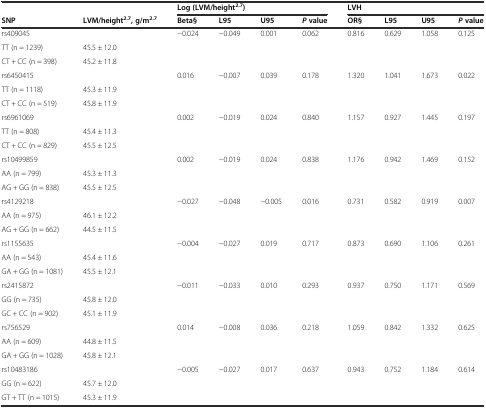
<table><thead><tr><td></td><td></td><td colspan="4"><b>Log (LVM/height<sup>2.7</sup>)</b></td><td colspan="4"><b>LVH</b></td></tr><tr><td><b>SNP</b></td><td><b>LVM/height<sup>2.7</sup>, g/m<sup>2.7</sup></b></td><td><b>Beta§</b></td><td><b>L95</b></td><td><b>U95</b></td><td><b><i>P</i>value</b></td><td><b>OR§</b></td><td><b>L95</b></td><td><b>U95</b></td><td><b><i>P</i>value</b></td></tr></thead><tbody><tr><td>rs409045</td><td></td><td>−0.024</td><td>−0.049</td><td>0.001</td><td>0.062</td><td>0.816</td><td>0.629</td><td>1.058</td><td>0.125</td></tr><tr><td>TT (n = 1239)</td><td>45.5 ± 12.0</td><td></td><td></td><td></td><td></td><td></td><td></td><td></td><td></td></tr><tr><td>CT + CC (n = 398)</td><td>45.2 ± 11.8</td><td></td><td></td><td></td><td></td><td></td><td></td><td></td><td></td></tr><tr><td>rs6450415</td><td></td><td>0.016</td><td>−0.007</td><td>0.039</td><td>0.178</td><td>1.320</td><td>1.041</td><td>1.673</td><td>0.022</td></tr><tr><td>TT (n = 1118)</td><td>45.3 ± 11.9</td><td></td><td></td><td></td><td></td><td></td><td></td><td></td><td></td></tr><tr><td>CT + CC (n = 519)</td><td>45.8 ± 11.9</td><td></td><td></td><td></td><td></td><td></td><td></td><td></td><td></td></tr><tr><td>rs6961069</td><td></td><td>0.002</td><td>−0.019</td><td>0.024</td><td>0.840</td><td>1.157</td><td>0.927</td><td>1.445</td><td>0.197</td></tr><tr><td>TT (n = 808)</td><td>45.4 ± 11.3</td><td></td><td></td><td></td><td></td><td></td><td></td><td></td><td></td></tr><tr><td>CT + CC (n = 829)</td><td>45.5 ± 12.5</td><td></td><td></td><td></td><td></td><td></td><td></td><td></td><td></td></tr><tr><td>rs10499859</td><td></td><td>0.002</td><td>−0.019</td><td>0.024</td><td>0.838</td><td>1.176</td><td>0.942</td><td>1.469</td><td>0.152</td></tr><tr><td>AA (n = 799)</td><td>45.3 ± 11.3</td><td></td><td></td><td></td><td></td><td></td><td></td><td></td><td></td></tr><tr><td>AG + GG (n = 838)</td><td>45.5 ± 12.5</td><td></td><td></td><td></td><td></td><td></td><td></td><td></td><td></td></tr><tr><td>rs4129218</td><td></td><td>−0.027</td><td>−0.048</td><td>−0.005</td><td>0.016</td><td>0.731</td><td>0.582</td><td>0.919</td><td>0.007</td></tr><tr><td>AA (n = 975)</td><td>46.1 ± 12.2</td><td></td><td></td><td></td><td></td><td></td><td></td><td></td><td></td></tr><tr><td>AG + GG (n = 662)</td><td>44.5 ± 11.5</td><td></td><td></td><td></td><td></td><td></td><td></td><td></td><td></td></tr><tr><td>rs1155635</td><td></td><td>−0.004</td><td>−0.027</td><td>0.019</td><td>0.717</td><td>0.873</td><td>0.690</td><td>1.106</td><td>0.261</td></tr><tr><td>AA (n = 543)</td><td>45.4 ± 11.6</td><td></td><td></td><td></td><td></td><td></td><td></td><td></td><td></td></tr><tr><td>GA + GG (n = 1081)</td><td>45.5 ± 12.1</td><td></td><td></td><td></td><td></td><td></td><td></td><td></td><td></td></tr><tr><td>rs2415872</td><td></td><td>−0.011</td><td>−0.033</td><td>0.010</td><td>0.293</td><td>0.937</td><td>0.750</td><td>1.171</td><td>0.569</td></tr><tr><td>GG (n = 735)</td><td>45.8 ± 12.0</td><td></td><td></td><td></td><td></td><td></td><td></td><td></td><td></td></tr><tr><td>GC + CC (n = 902)</td><td>45.1 ± 11.9</td><td></td><td></td><td></td><td></td><td></td><td></td><td></td><td></td></tr><tr><td>rs756529</td><td></td><td>0.014</td><td>−0.008</td><td>0.036</td><td>0.218</td><td>1.059</td><td>0.842</td><td>1.332</td><td>0.625</td></tr><tr><td>AA (n = 609)</td><td>44.8 ± 11.5</td><td></td><td></td><td></td><td></td><td></td><td></td><td></td><td></td></tr><tr><td>GA + GG (n = 1028)</td><td>45.8 ± 12.1</td><td></td><td></td><td></td><td></td><td></td><td></td><td></td><td></td></tr><tr><td>rs10483186</td><td></td><td>−0.005</td><td>−0.027</td><td>0.017</td><td>0.637</td><td>0.943</td><td>0.752</td><td>1.184</td><td>0.614</td></tr><tr><td>GG (n = 622)</td><td>45.7 ± 12.0</td><td></td><td></td><td></td><td></td><td></td><td></td><td></td><td></td></tr><tr><td>GT + TT (n = 1015)</td><td>45.3 ± 11.9</td><td></td><td></td><td></td><td></td><td></td><td></td><td></td><td></td></tr></tbody></table>